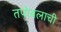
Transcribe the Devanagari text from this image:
तपोबलाची